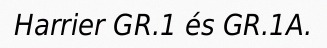
Harrier GR.1 és GR.1A.